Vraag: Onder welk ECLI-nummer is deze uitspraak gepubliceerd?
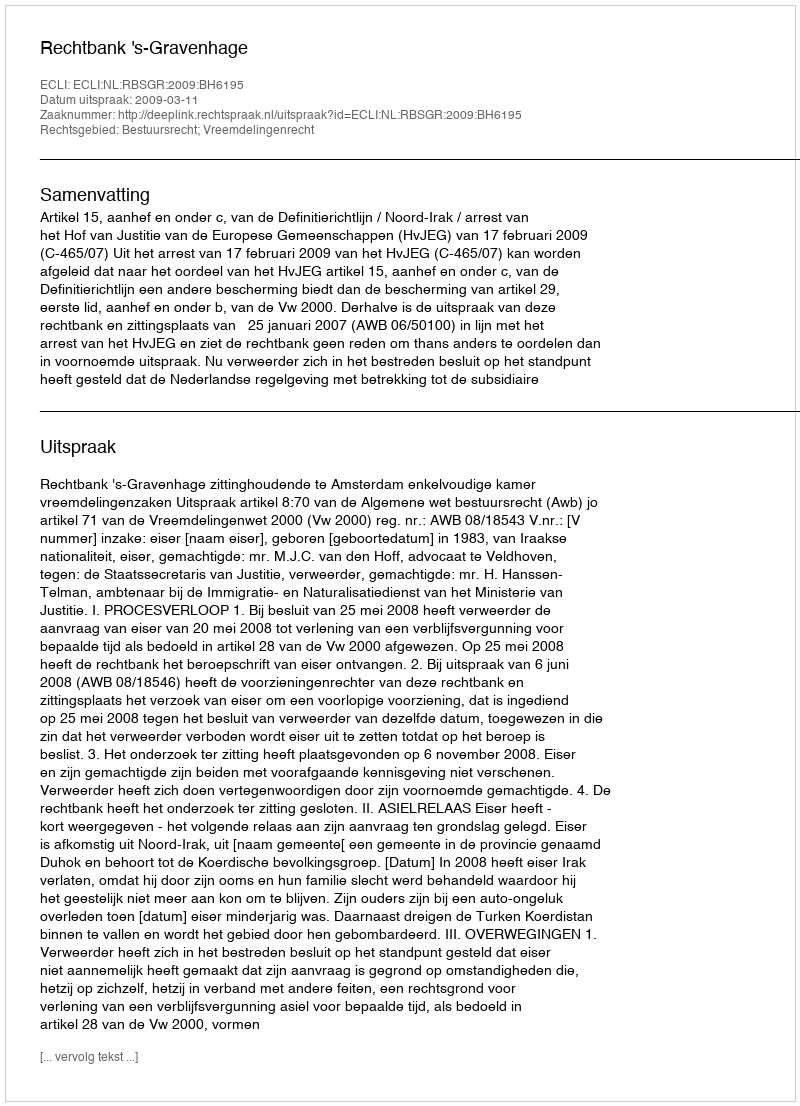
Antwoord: ECLI:NL:RBSGR:2009:BH6195